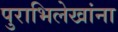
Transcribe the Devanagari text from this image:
पुराभिलेखांना